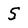
Character: 5